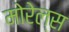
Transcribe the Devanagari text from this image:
मोरेल्स